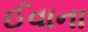
ઈવાના